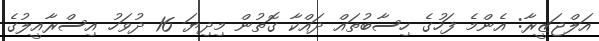
އަލްޖަޒީރާ: އެންމެ ފަހުގެ ހިސާބުތައް ދައްކާ ގޮތުން މިދިޔަ 16 ދުވަހު އިސްރާއީލުގެ